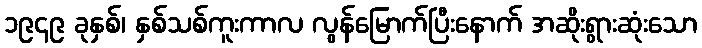
၁၉၄၉ ခုနှစ်၊ နှစ်သစ်ကူးကာလ လွန်မြောက်ပြီးနောက် အဆိုးရွားဆုံးသော